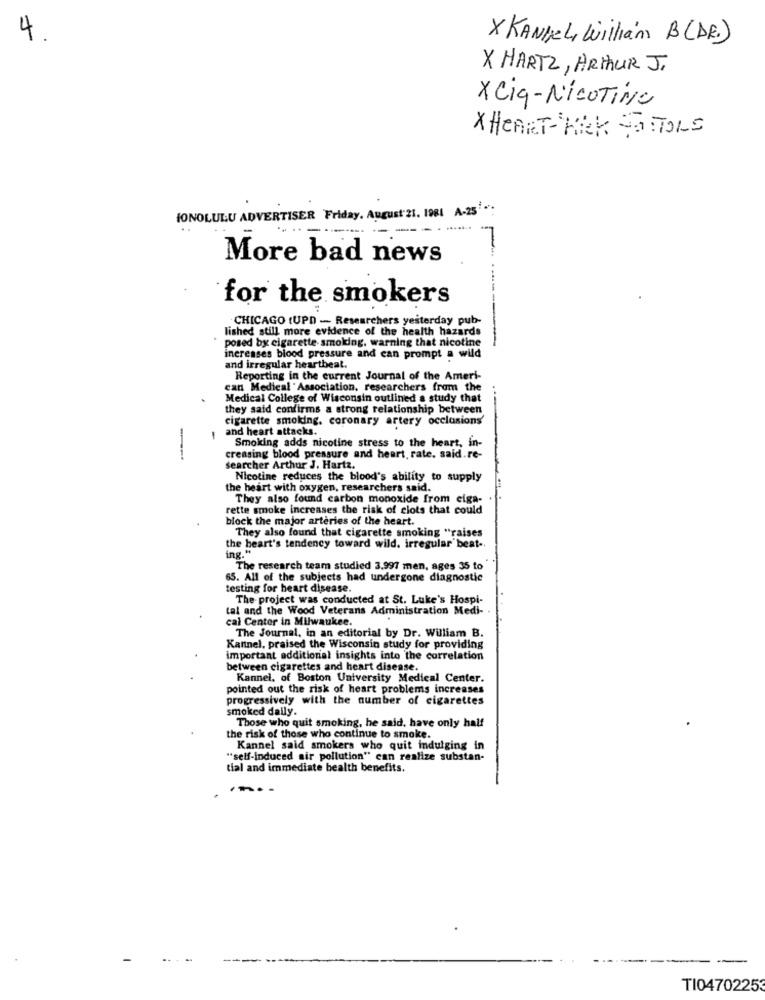
4.
X KANDEL, William B(DE.)
X HARTZ, ARTHUR J.
XCiq-NicoTine
X HEART- KICK STATOLS
HONOLULU ADVERTISER Friday, August 21. 1981 A-25 *;
More bad news
for the smokers
· CHICAGO (UPD - Researchers yesterday pub-
lished still more evidence of the health hazards
posed by cigarette smoking, warning that nicotine
increases blood pressure and can prompt a wild
and irregular heartbeat.
Reporting in the current Journal of the Ameri-
can Medical Association, researchers from the
Medical College of Wisconsin outlined a study that
they said confirms a strong relationship between
cigarette smoking. coronary artery occlusions
and heart attacks.
Smoking adds nicotine stress to the heart, in-
--
creasing blood pressure and heart, rate. said.re-
searcher Arthur J. Hartz.
Nicotine reduces the blood's ability to supply
the heart with oxygen, researchers said.
They also found carbon monoxide from eiga-
rette smoke increases the risk of clots that could
block the major arteries of the heart.
They also found that cigarette smoking "raises
the heart's tendency toward wild. irregular beat-
ing."
The research team studied 3.997 men, ages 35 to
65. All of the subjects had undergone diagnostic
testing for heart disease.
The project was conducted at St. Luke's Hospi-
tal and the Wood Veterans Administration Medi-
cal Center in Milwaukee.
The Journal, in an editorial by Dr. William B.
Kantnel, praised the Wisconsin study for providing
important additional insights into the correlation
between cigarettes and heart disease.
Kannel, of Boston University Medical Center.
pointed out the risk of heart problems increases
progressively with the number of cigarettes
smoked daily.
Those who quit smoking, he said, have only half
the risk of those who continue to smoke.
Kannel said smokers who quit indulging in
"self-Induced air pollution" can realize substan-
tial and immediate bealth benefits.
...
TI04702253